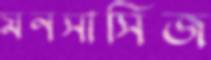
মনসাসিজ